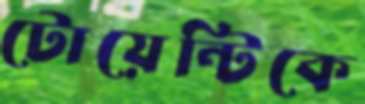
টোয়েন্টিকে